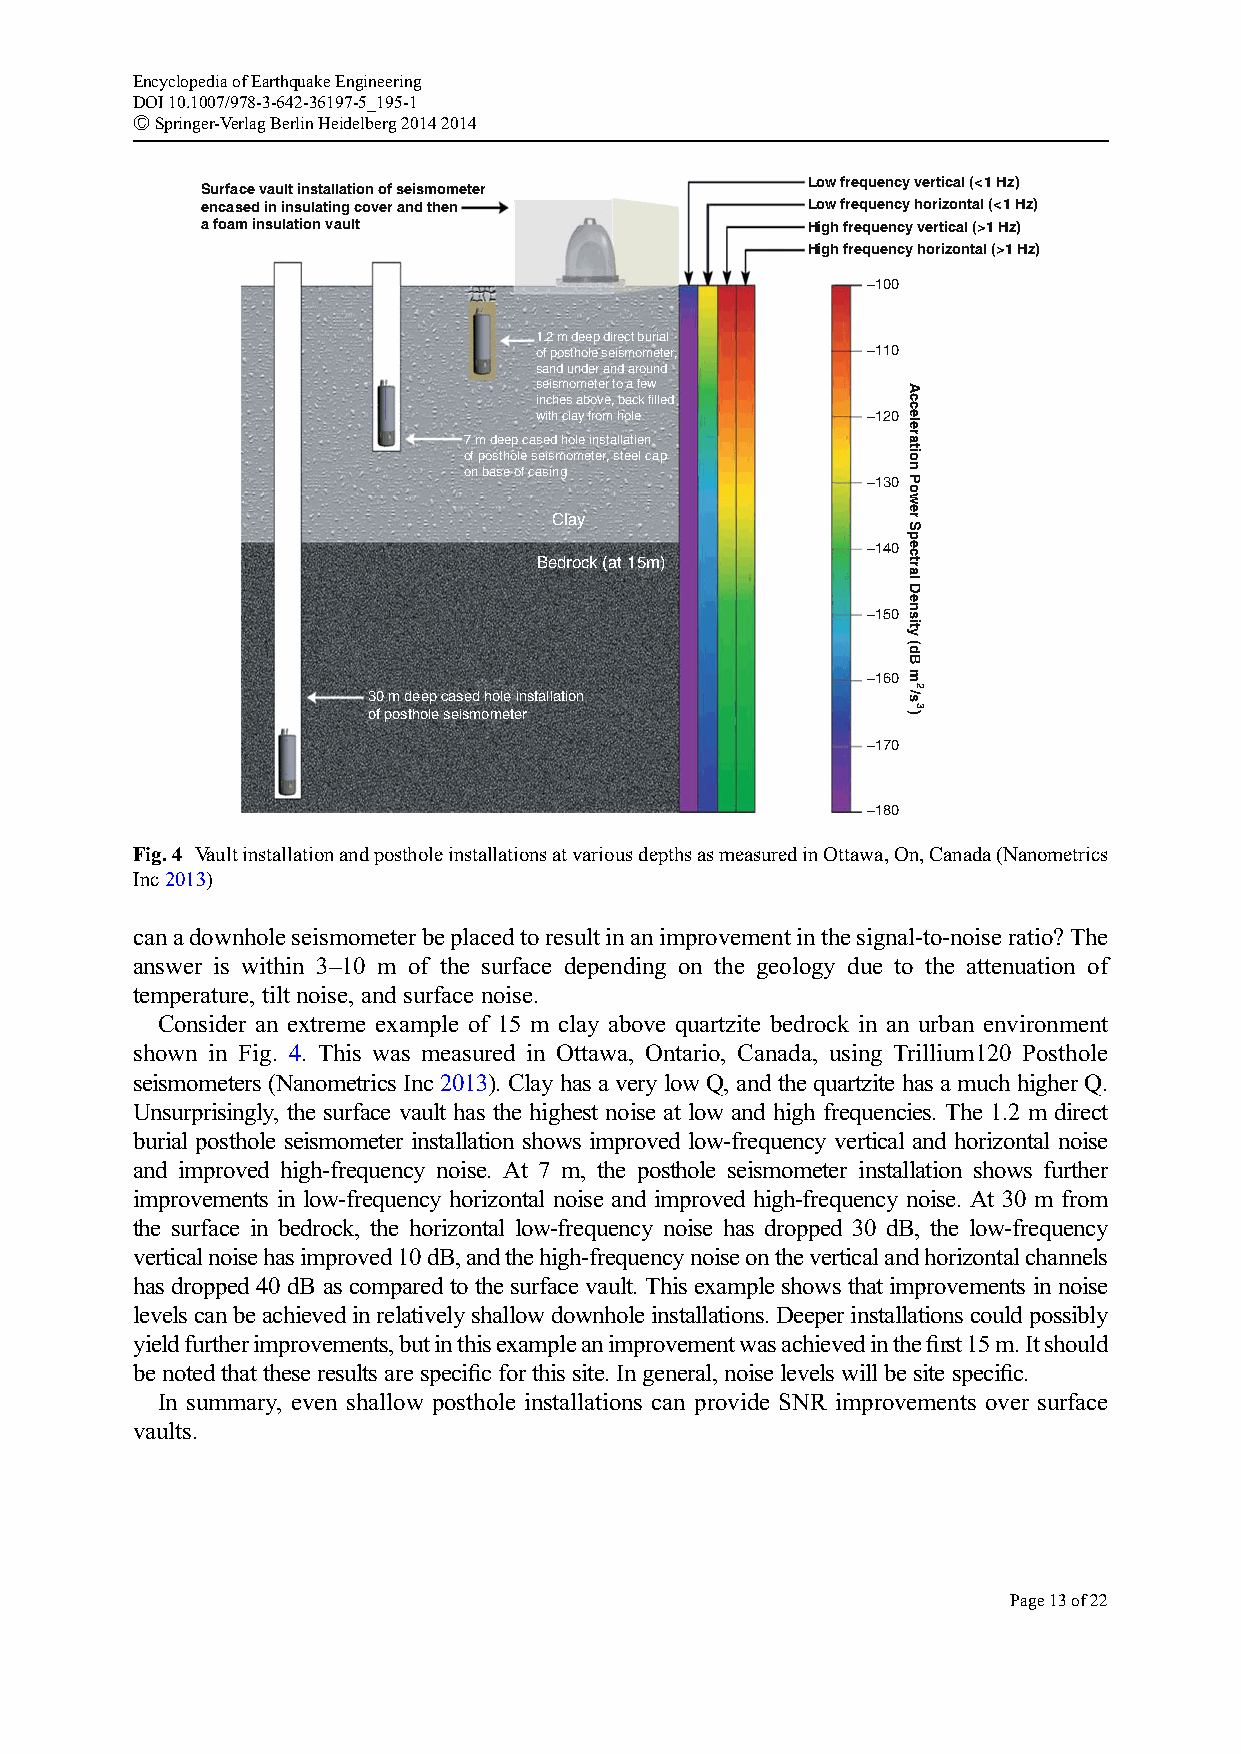
EncyclopediaofEarthquakeEngineering
 DOI10.1007/978-3-642-36197-5_195-1
 #Springer-VerlagBerlinHeidelberg20142014
 Low frequency vertical (<1 Hz)
 Surface vault installation of seismometer
 encased in insulating cover and then    Low frequency horizontal (<1 Hz)
 a foam insulation vault                 High frequency vertical (>1 Hz)
 High frequency horizontal (>1 Hz)
 −100
 1.2 m deep direct burial
 of posthole seismometer, −110
 sand under and around
 seismometer to a few
 inches above, back filled
 with clay from hole   −120
 7 m deep cased hole installatien
 of posthole seismometer, steel cap
 on base of casing
 −130
 Clay
 −140
 Bedrock (at 15m)
 −150
 −160
 30 m deep cased hole installation
 of posthole seismometer
 −170
 −180
 Fig.4 VaultinstallationandpostholeinstallationsatvariousdepthsasmeasuredinOttawa,On,Canada(Nanometrics
 Inc2013)
 canadownholeseismometerbeplacedtoresultinanimprovementinthesignal-to-noiseratio?The
 answer is within 3–10 m of the surface depending on the geology due to the attenuation of
 temperature, tilt noise, and surface noise.
 Consider an extreme example of 15 m clay above quartzite bedrock in an urban environment
 shown in Fig. 4. This was measured in Ottawa, Ontario, Canada, using Trillium120 Posthole
 seismometers(Nanometrics Inc 2013). Clay has avery lowQ, and the quartzite hasa much higher Q.
 Unsurprisingly, the surface vault has the highest noise at low and high frequencies. The 1.2 m direct
 burial posthole seismometer installation shows improved low-frequency vertical and horizontal noise
 and improved high-frequency noise. At 7 m, the posthole seismometer installation shows further
 improvements in low-frequency horizontal noise and improved high-frequency noise. At 30 m from
 the surface in bedrock, the horizontal low-frequency noise has dropped 30 dB, the low-frequency
 verticalnoisehasimproved10dB,andthehigh-frequencynoiseontheverticalandhorizontalchannels
 has dropped 40 dB as compared to the surface vault. This example shows that improvements in noise
 levelscanbeachievedinrelativelyshallowdownholeinstallations.Deeperinstallationscouldpossibly
 yieldfurtherimprovements,butinthisexampleanimprovementwasachievedinthefirst15m.Itshould
 benotedthattheseresultsarespecificforthissite.Ingeneral,noiselevelswillbesitespecific.
 In summary, even shallow posthole installations can provide SNR improvements over surface
 vaults.
 Page13of22
 Acceleration
 Power
 Spectral
 Density
 (dB
 m
 /s
 )
 2
 3